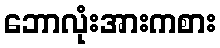
ဘောလုံးအားကစား